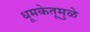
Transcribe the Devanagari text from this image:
धूमकेतूमुळे